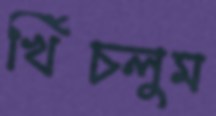
খিঁচলুম